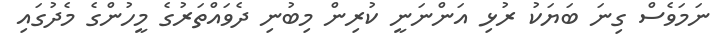
ނަމަވެސް ގިނަ ބަޔަކު ރުޅި އަންނަނީ ކުރިން މިބުނި ދެވައްތަރުގެ މީހުންގެ މެދުގައި